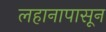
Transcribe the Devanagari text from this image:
लहानापासून